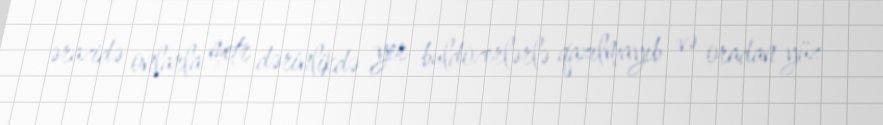
ərazidə onlarla metr dərinlikdə yer buldozerlərlə qazılmayıb və oradan yüz